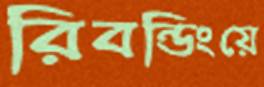
রিবন্ডিংয়ে